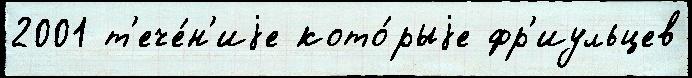
2001 т'ече́н'иjе кото́рыjе фр'иульцев